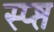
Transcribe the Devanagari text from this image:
स्प्ष्त